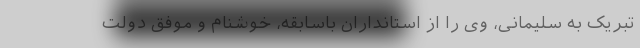
تبریک به سلیمانی، وی را از استانداران باسابقه، خوشنام و موفق دولت